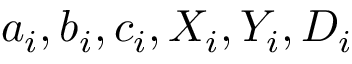
a _ { i } , b _ { i } , c _ { i } , X _ { i } , Y _ { i } , D _ { i }